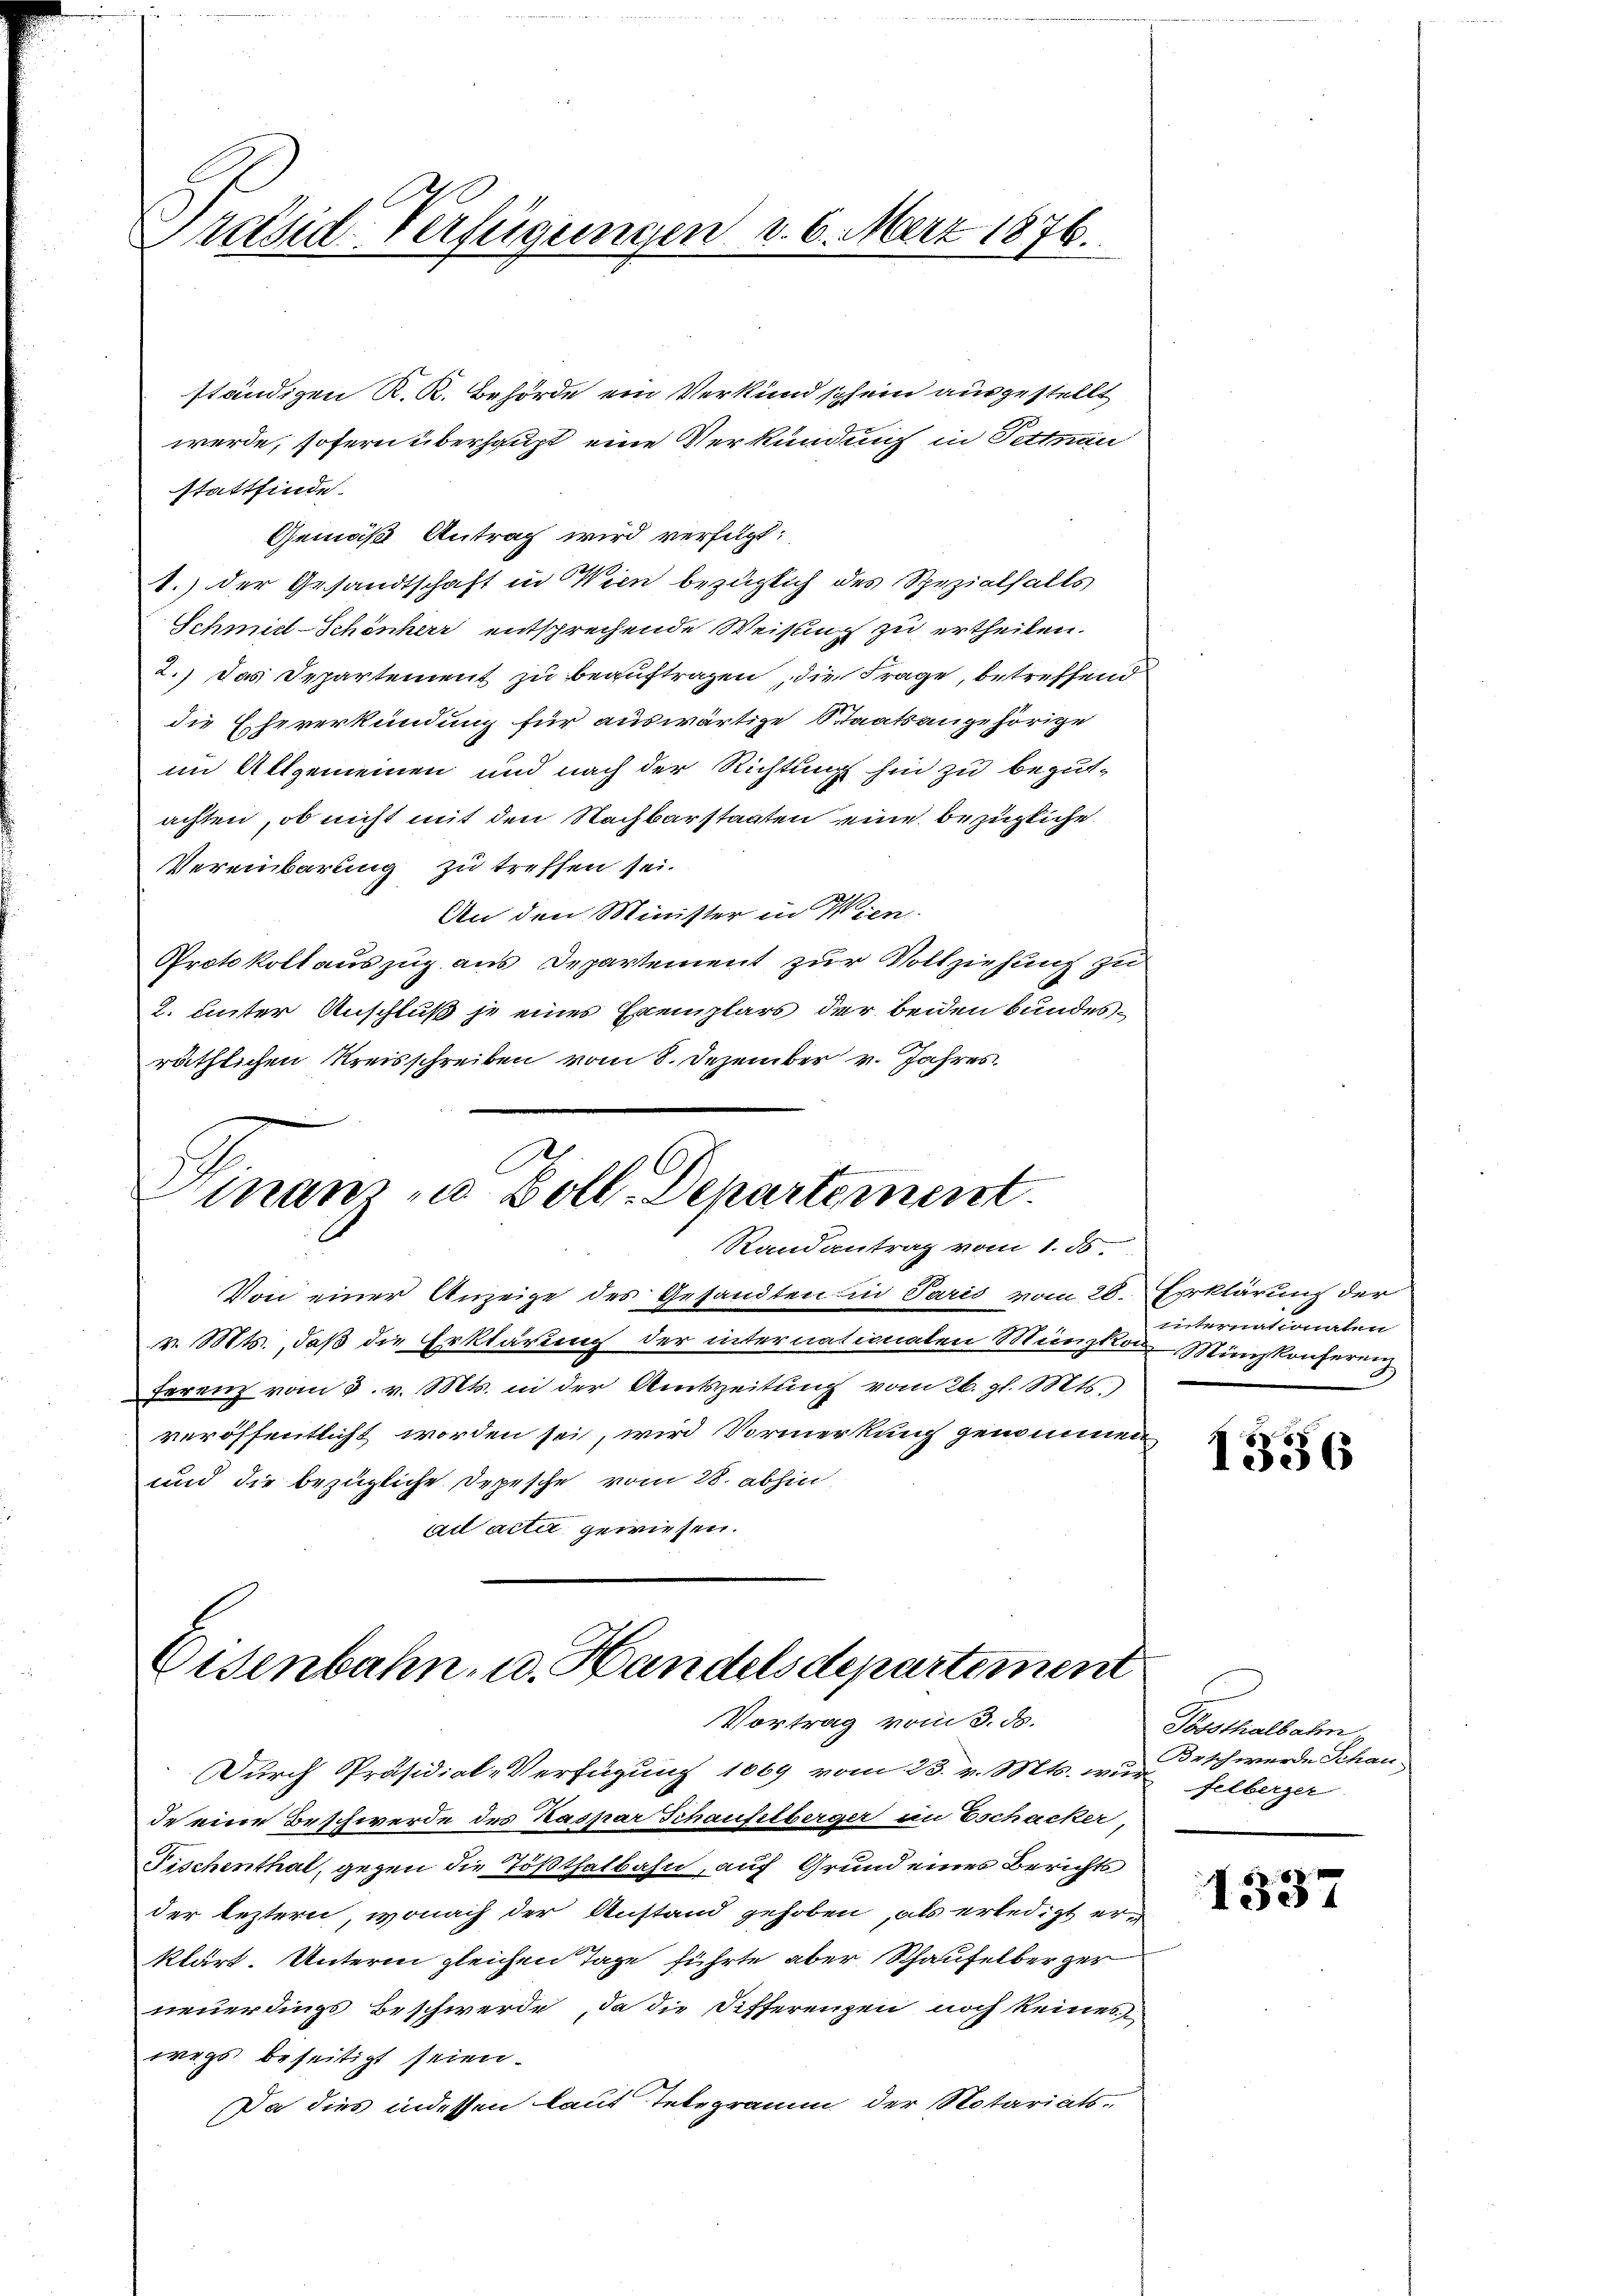
Präsid Verfügungen d. 6. März 1876.

ständigen K. K. Behörde ein Verkund schein ausgestellt
werde, sofern überhaupt eine Verkündnis in Fettnau
stattfinde.
Gemäß Antrag wird verfügt:
1.) der Gesandtschaft in Wien bezüglich des Spezialfalls
Schmid-Schönherr entsprechende Weisung zu ertheilen.
2.) Das Departement zu beauftragen, die Frage, betreffend
die Eheverkündung für auswärtige Staatsangehörige
im Allgemeinen und nach der Richtung hin zu begutachten, ob nicht mit den Nachbarstaaten eine bezügliche
Vereinbarung zu treffen sei.
An den Minister in Wien
Protokollauszug aus Departement zur Vollziehung zu
2. unter Anschluß je eines Exemplars der beiden Bundesräthlichen Kreisschreiben vom 8. Dezember v. Jahres
Emanu Doll. Departement.
Randantrag vom 1. ds.
Von einer Anzeige des Gesandten in Paris vom 28. Erklärung der
v. Mts., daß die Erklärung der internationalen Münzkar Münzkonferenz
ferenz vom 3. v. Mts. in der Amtszeitung vom 26. gl. Mts.
veröffentlicht worden sei, wird Vormerkung genommen
und die bezügliche Depesche vom 28. abhin,
ad acta gewiesen.

Eisenbahn, u. Handelsdepartement
Vortrag vom 3. ds.

Durch Präsidial-Verfügung 1069 vom 23. v. Mts. wur
de eine Beschwerde des Kaspar Schaufstberger im Eschacker,
Nischenthal, gegen die Tößthalbahn, auf Grund eines Berichts
der leztern, wonach der Anstand gehoben, als erledigt erklärt. Unterm gleichen Tage führte aber Schaufelber zer
neuerdings Beschwerde, da die Differenzen noch keines
wegs beseitigt seien.
Da dies indessen laut Telegramm der Notariats-

unternationalen

1336

Possthalbahn
Beschwerde Schau-
felberger

1337